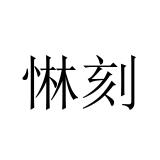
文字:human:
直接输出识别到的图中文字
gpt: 惏刻